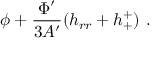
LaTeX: \phi + \frac { \Phi ^ { \prime } } { 3 A ^ { \prime } } ( h _ { r r } + h _ { + } ^ { + } ) ~ .